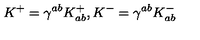
K ^ { + } = \gamma ^ { a b } K _ { a b } ^ { + } , K ^ { - } = \gamma ^ { a b } K _ { a b } ^ { - }